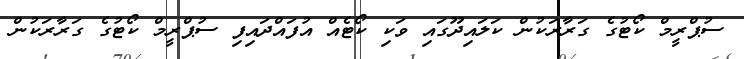
ސުޕްރީމް ކޯޓުގެ ގަރާރަކުން ކަލައިދޫގައި ވަކި ކޯޓެއް އުފައްދައިފި ސުޕްރީމް ކޯޓުގެ ގަރާރަކުން